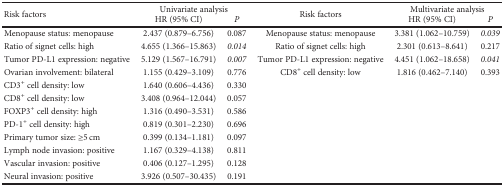
<table><thead><tr><td rowspan="2"><b>Risk factors</b></td><td colspan="2"><b>Univariate analysis</b></td><td rowspan="2"><b>Risk factors</b></td><td colspan="2"><b>Multivariate analysis</b></td></tr><tr><td><b>HR (95% CI)</b></td><td><b><i>P</i></b></td><td><b>HR (95% CI)</b></td><td><b><i>P</i></b></td></tr></thead><tbody><tr><td>Menopause status: menopause</td><td>2.437 (0.879–6.756)</td><td>0.087</td><td>Menopause status: menopause</td><td>3.381 (1.062–10.759)</td><td><i>0.039</i></td></tr><tr><td>Ratio of signet cells: high</td><td>4.655 (1.366–15.863)</td><td><i>0.014</i></td><td>Ratio of signet cells: high</td><td>2.301 (0.613–8.641)</td><td>0.217</td></tr><tr><td>Tumor PD-L1 expression: negative</td><td>5.129 (1.567–16.791)</td><td><i>0.007</i></td><td>Tumor PD-L1 expression: negative</td><td>4.451 (1.062–18.658)</td><td><i>0.041</i></td></tr><tr><td>Ovarian involvement: bilateral</td><td>1.155 (0.429–3.109)</td><td>0.776</td><td>CD8<sup>+</sup> cell density: low</td><td>1.816 (0.462–7.140)</td><td>0.393</td></tr><tr><td>CD3<sup>+</sup> cell density: low</td><td>1.640 (0.606–4.436)</td><td>0.330</td><td>[EMPTY_CELL]</td><td>[EMPTY_CELL]</td><td>[EMPTY_CELL]</td></tr><tr><td>CD8<sup>+</sup> cell density: low</td><td>3.408 (0.964–12.044)</td><td>0.057</td><td>[EMPTY_CELL]</td><td>[EMPTY_CELL]</td><td>[EMPTY_CELL]</td></tr><tr><td>FOXP3<sup>+</sup> cell density: high</td><td>1.316 (0.490–3.531)</td><td>0.586</td><td>[EMPTY_CELL]</td><td>[EMPTY_CELL]</td><td>[EMPTY_CELL]</td></tr><tr><td>PD-1<sup>+</sup> cell density: high</td><td>0.819 (0.301–2.230)</td><td>0.696</td><td>[EMPTY_CELL]</td><td>[EMPTY_CELL]</td><td>[EMPTY_CELL]</td></tr><tr><td>Primary tumor size: ≥5 cm</td><td>0.399 (0.134–1.181)</td><td>0.097</td><td>[EMPTY_CELL]</td><td>[EMPTY_CELL]</td><td>[EMPTY_CELL]</td></tr><tr><td>Lymph node invasion: positive</td><td>1.167 (0.329–4.138)</td><td>0.811</td><td>[EMPTY_CELL]</td><td>[EMPTY_CELL]</td><td>[EMPTY_CELL]</td></tr><tr><td>Vascular invasion: positive</td><td>0.406 (0.127–1.295)</td><td>0.128</td><td>[EMPTY_CELL]</td><td>[EMPTY_CELL]</td><td>[EMPTY_CELL]</td></tr><tr><td>Neural invasion: positive</td><td>3.926 (0.507–30.435)</td><td>0.191</td><td>[EMPTY_CELL]</td><td>[EMPTY_CELL]</td><td>[EMPTY_CELL]</td></tr></tbody></table>